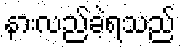
နားလည်ခဲ့ရသည်